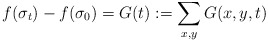
\begin{align*}f(\sigma_{t})-f(\sigma_{0})=G(t):=\sum_{x,y}G(x,y,t)\end{align*}